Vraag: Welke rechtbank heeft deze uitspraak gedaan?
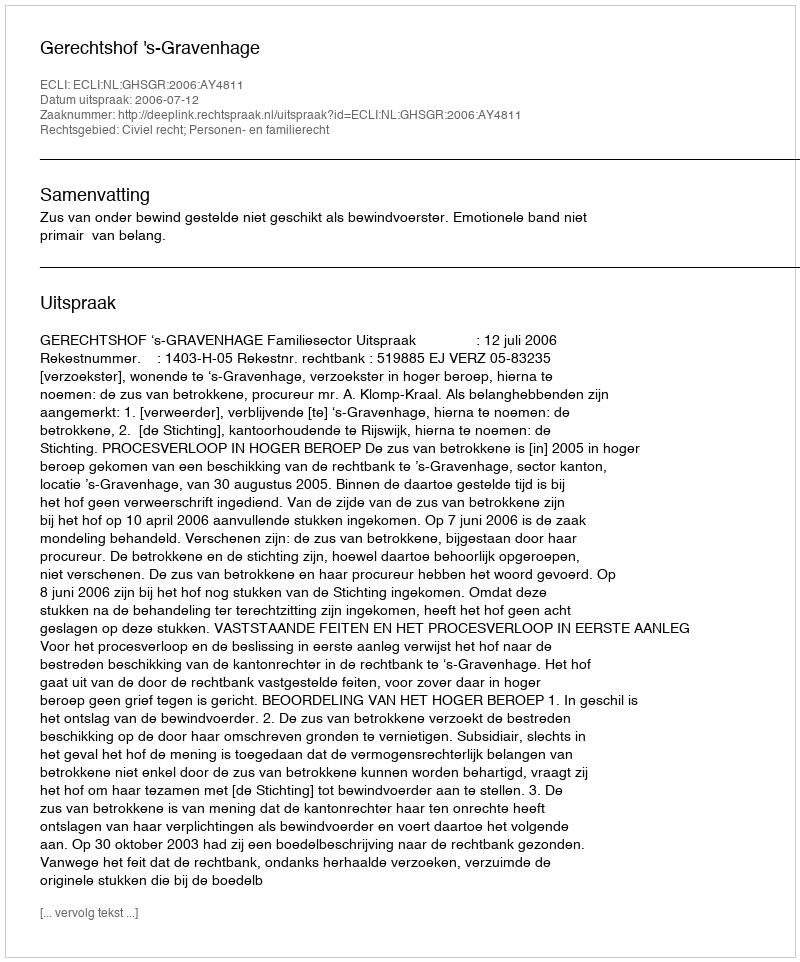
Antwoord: Gerechtshof 's-Gravenhage